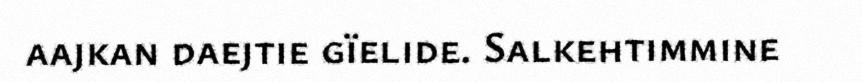
aajkan daejtie gïelide. Salkehtimmine